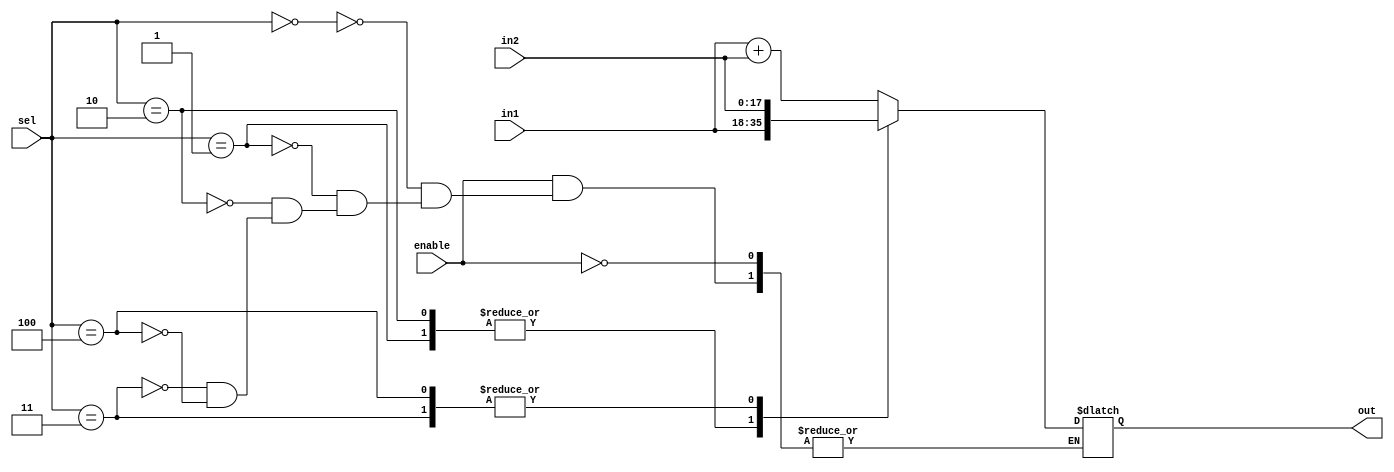
module ALU(in1,in2,sel,out,enable);
	input [17:0] in1,in2; //Inputs to the ALU
	wire [17:0] in1,in2;
	input enable; //Enable to the ALU
	input [2:0]sel; // Select lines
	output [17:0] out; //Output
	reg [17:0]out;
	reg CF;

	always @(sel or in1 or in2)
		begin
		if(enable)
			begin
				case(sel)
					3'd0:{CF,out}<=in1+in2; //add
					3'd1:out<=in1; //load
					3'd2:out<=in1; //store
					3'd3:out<=in2; //call
					3'd4:out<=in2; //Return
				endcase
			end
		end

endmodule